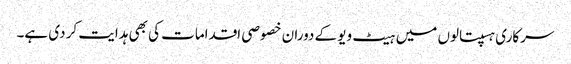
سرکاری ہسپتالوں میں ہیٹ ویو کے دوران خصوصی اقدامات کی بھی ہدایت کر دی ہے۔